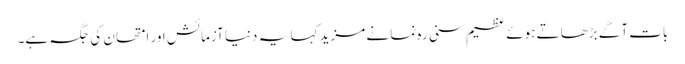
بات آگے بڑھاتے ہوئے عظیم سنی رہ نما نے مزید کہا یہ دنیا آزمائش اور امتحان کی جگہ ہے۔